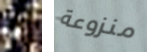
يا منزوعة